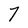
Character: 7